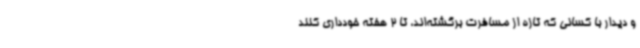
و دیدار با کسانی که تازه از مسافرت برگشته‌اند، تا 2 هفته خودداری کنند